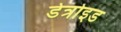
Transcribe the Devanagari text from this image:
डेत्रोइड